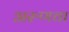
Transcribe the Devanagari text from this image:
अरुणचा